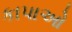
કાપાઓ